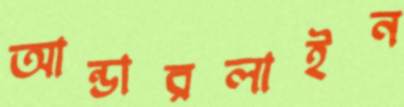
আন্ডারলাইন